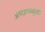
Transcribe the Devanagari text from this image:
अमात्ययुक्त